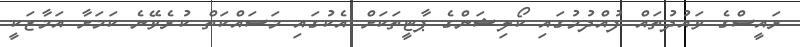
ރައީސްގެ ވައުދުތައް ފުއްދުމުގައި ކޯލިޝަންގެ ޕާޓީތަކަށް އެކުގައި މަސައްކަތް ކުރެވޭނެ ކަމަށާ އަމާޒަކީ